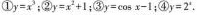
①$$y=x^{3}$$;②$$y=x^{2}+1$$;③$$y=\cos x-1$$;④$$y=2^{4}$$.